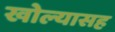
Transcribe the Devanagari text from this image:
खोल्यासह